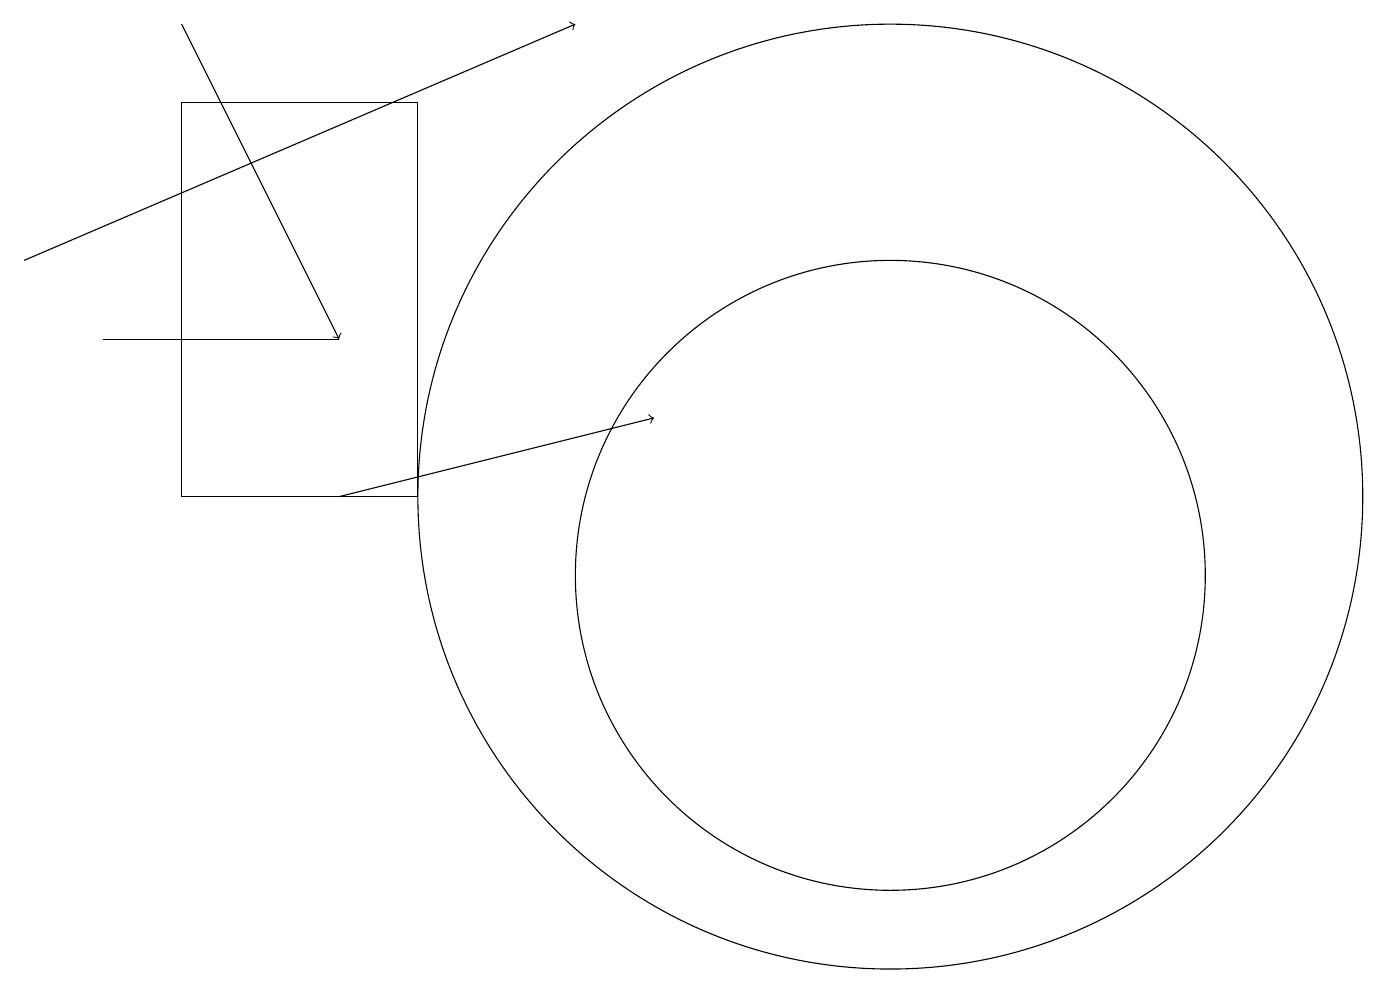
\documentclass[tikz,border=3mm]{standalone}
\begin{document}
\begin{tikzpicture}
\draw[->] (4,11) -- (8,12);
\draw (11,11) circle (6);
\draw[->] (0,14) -- (7,17);
\draw (2,16) rectangle (5,11);
\draw (1,13) rectangle (4,13);
\draw (11,10) circle (4);
\draw[->] (2,17) -- (4,13);
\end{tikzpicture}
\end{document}